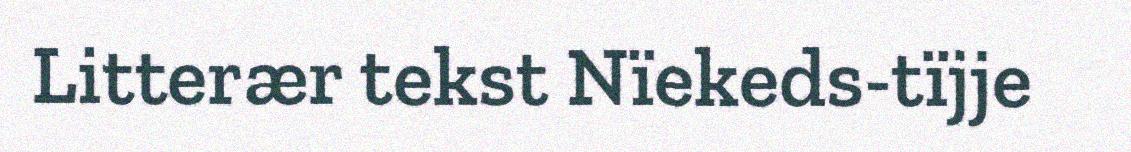
Litterær tekst Nïekeds-tïjje